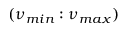
( \nu _ { m i n } : \nu _ { m a x } )